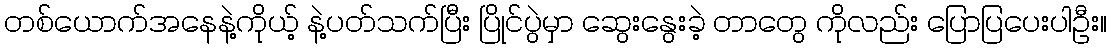
တစ်ယောက်အနေနဲ့ကိုယ့် နဲ့ပတ်သက်ပြီး ပြိုင်ပွဲမှာ ဆွေးနွေးခဲ့ တာတွေ ကိုလည်း ပြောပြပေးပါဦး။